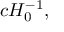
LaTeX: c H _ { 0 } ^ { - 1 } ,